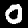
Label: 0